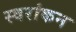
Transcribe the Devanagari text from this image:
स्वरांकन